Rangoon Lunatic Asylum 1878-1892 - 1878-1892
Year: 1878
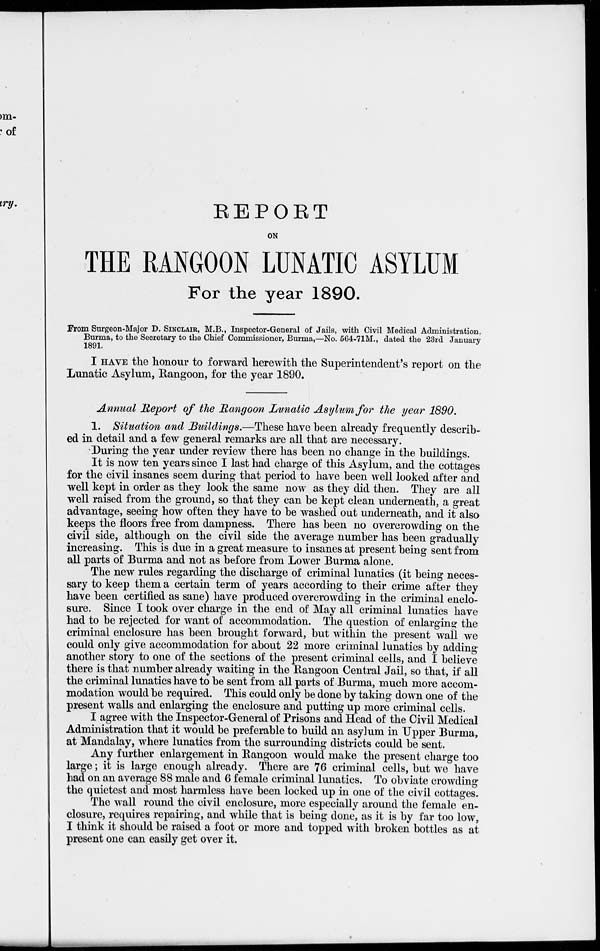
REPORT
ON
THE RANGOON LUNATIC ASYLUM
For the year 1890.
From Surgeon-Major D. SINCLAIR, M.B., Inspector-General of Jails, with Civil Medical Administration,
Burma, to the Secretary to the Chief Commissioner, Burma,—No. 564-71M., dated the 23rd January
1891.
I HAVE the honour to forward herewith the Superintendent's report on the
Lunatic Asylum, Rangoon, for the year 1890.
Annual Report of the Rangoon Lunatic Asylum for the year 1890.
1. Situation and Buildings.—These have been already frequently describ-
ed in detail and a few general remarks are all that are necessary.
During the year under review there has been no change in the buildings.
It is now ten years since I last had charge of this Asylum, and the cottages
for the civil insanes seem during that period to have been well looked after and
well kept in order as they look the same now as they did then. They are all
well raised from the ground, so that they can be kept clean underneath, a great
advantage, seeing how often they have to be washed out underneath, and it also
keeps the floors free from dampness. There has been no overcrowding on the
civil side, although on the civil side the average number has been gradually
increasing. This is due in a great measure to insanes at present being sent from
all parts of Burma and not as before from Lower Burma alone.
The new rules regarding the discharge of criminal lunatics (it being neces-
sary to keep them a certain term of years according to their crime after they
have been certified as sane) have produced overcrowding in the criminal enclo-
sure. Since I took over charge in the end of May all criminal lunatics have
had to be rejected for want of accommodation. The question of enlarging the
criminal enclosure has been brought forward, but within the present wall we
could only give accommodation for about 22 more criminal lunatics by adding
another story to one of the sections of the present criminal cells, and I believe
there is that number already waiting in the Rangoon Central Jail, so that, if all
the criminal lunatics have to be sent from all parts of Burma, much more accom-
modation would be required. This could only be done by taking down one of the
present walls and enlarging the enclosure and putting up more criminal cells.
I agree with the Inspector-General of Prisons and Head of the Civil Medical
Administration that it would be preferable to build an asylum in Upper Burma,
at Mandalay, where lunatics from the surrounding districts could be sent.
Any further enlargement in Rangoon would make the present charge too
large; it is large enough already. There are 76 criminal cells, but we have
had on an average 88 male and 6 female criminal lunatics. To obviate crowding
the quietest and most harmless have been locked up in one of the civil cottages.
The wall round the civil enclosure, more especially around the female en-
closure, requires repairing, and while that is being done, as it is by far too low,
I think it should be raised a foot or more and topped with broken bottles as at
present one can easily get over it.